Annual administration report of the Civil Veterinary Department of India - 1892-1893
Year: 1892
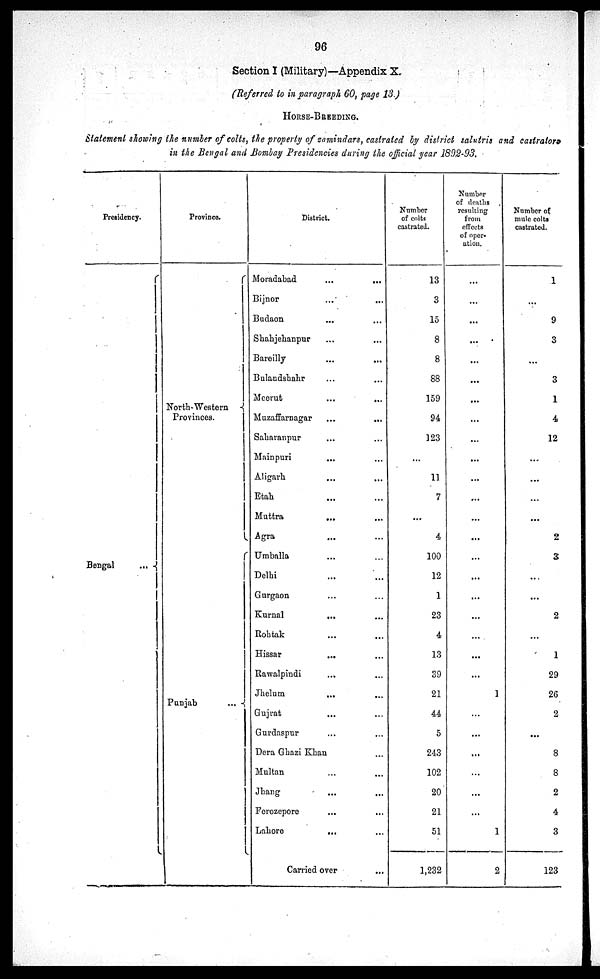
96
Section I (Military)—Appendix X.
(Referred to in paragraph 60, page 13.)
HORSE-BREEDING.
Statement showing the number of colts, the property of zamindars, castrated by district salutris and castrators
in the Bengal and Bombay Presidencies during the official year 1892-93.
Presidency.
Bengal ...
Province.
North-Western
Provinces.
Punjab
...
District.
Moradabad
...
...
Bijnor ... ...
Budaon ... ...
Shahjehanpur ... ...
Bareilly ... ...
Bulandshahr ... ...
Meerut ... ...
Muzaffarnagar ... ...
Saharanpur ... ...
Mainpuri ... ...
Aligarh ... ...
Etah ... ...
Muttra ... ...
Agra ... ...
Umballa ... ...
Delhi ... ...
Gurgaon ... ...
Kurnal ... ...
Rohak ... ...
Hissar ... ...
Rawalpindi ... ...
Jhelum ... ...
Gujrat ... ...
Gurdaspur ... ...
Dera Ghazi Khan ...
Multan ... ...
Jhang ... ...
Ferozepore ... ...
Lahore
... ...
Carried over ...
Number
of colts
castrated.
13
3
15
8
8
88
159
94
123
...
11
7
...
4
100
12
1
23
4
13
39
21
44
5
243
102
20
21
51
1,232
Number
of deaths
resulting
from
effects
of oper-
ation.
...
...
...
...
...
...
...
...
...
...
...
...
...
...
...
...
...
...
...
...
...
1
...
...
...
...
...
...
1
2
Number of
mule colts
castrated.
1
...
9
3
...
3
1
4
12
...
...
...
...
2
3
...
...
2
...
1
29
26
2
...
8
8
2
4
3
123